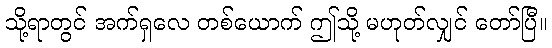
သို့ရာတွင် အက်ရှလေ တစ်ယောက် ဤသို့ မဟုတ်လျှင် တော်ပြီ။